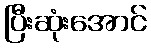
ပြီးဆုံးအောင်